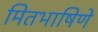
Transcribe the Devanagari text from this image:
मितभाषिणे